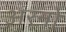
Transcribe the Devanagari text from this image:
अरनो